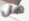
هل